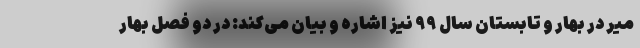
میر در بهار و تابستان سال ۹۹ نیز اشاره و بیان می‌کند: در دو فصل بهار